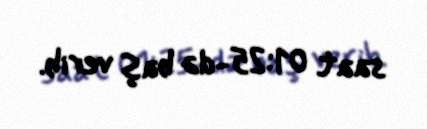
saat 01:25-də baş verib.